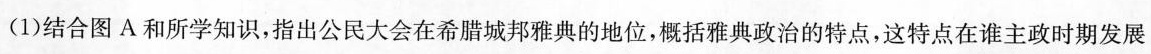
(1)结合图A和所学知识，指出公民大会在希腊城邦雅典的地位，概括雅典政治的特点，这特点在谁主政时期发展